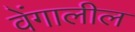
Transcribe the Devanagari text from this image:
वेंगालील